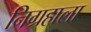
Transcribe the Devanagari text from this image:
निग्रहाला